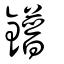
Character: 鐠